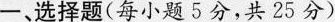
-、选择题(每小题5分，共25分)